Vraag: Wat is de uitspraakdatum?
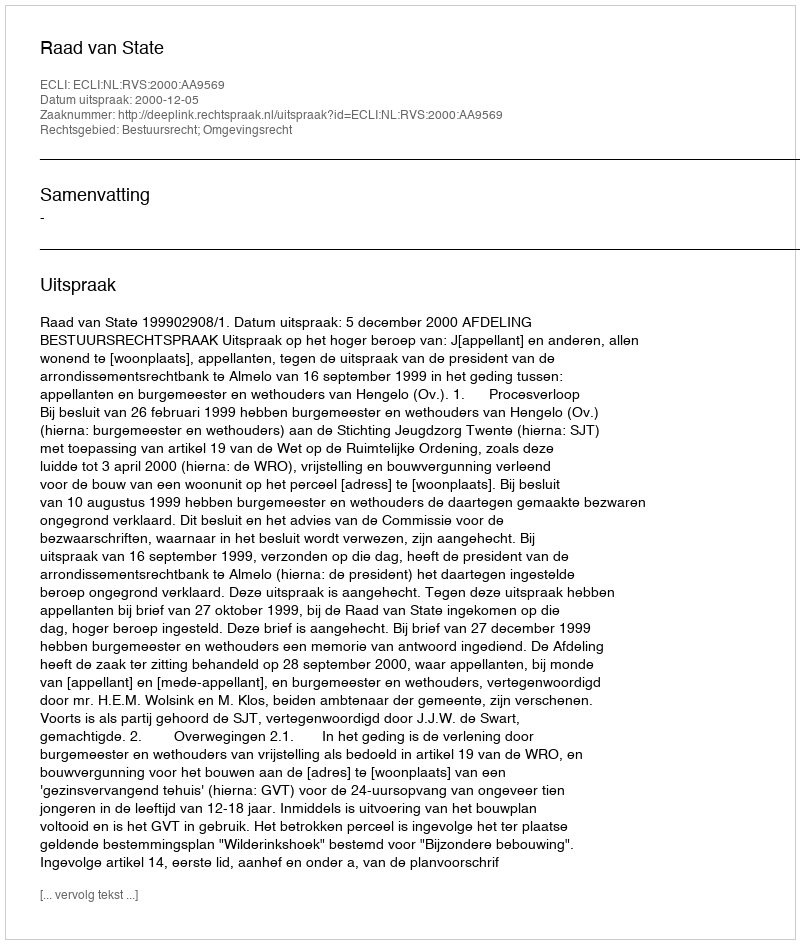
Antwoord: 2000-12-05